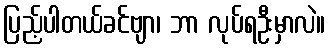
ပြည့်ပါတယ်ခင်ဗျာ၊ ဘာ လုပ်ရဦးမှာလဲ။